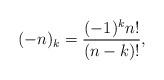
LaTeX: \begin{align*}(-n)_k=\frac{(-1)^kn!}{(n-k)!},\end{align*}